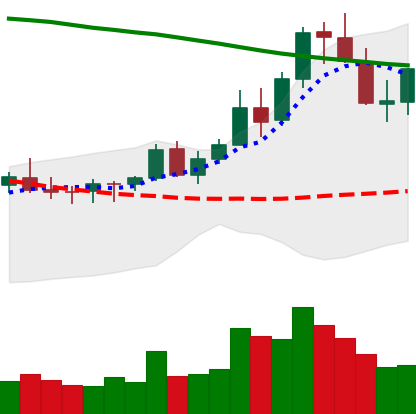
Ticker: XLM-USD
Chart end date: 2021-08-19
Forward return: -4.452%
Label: down_3_5